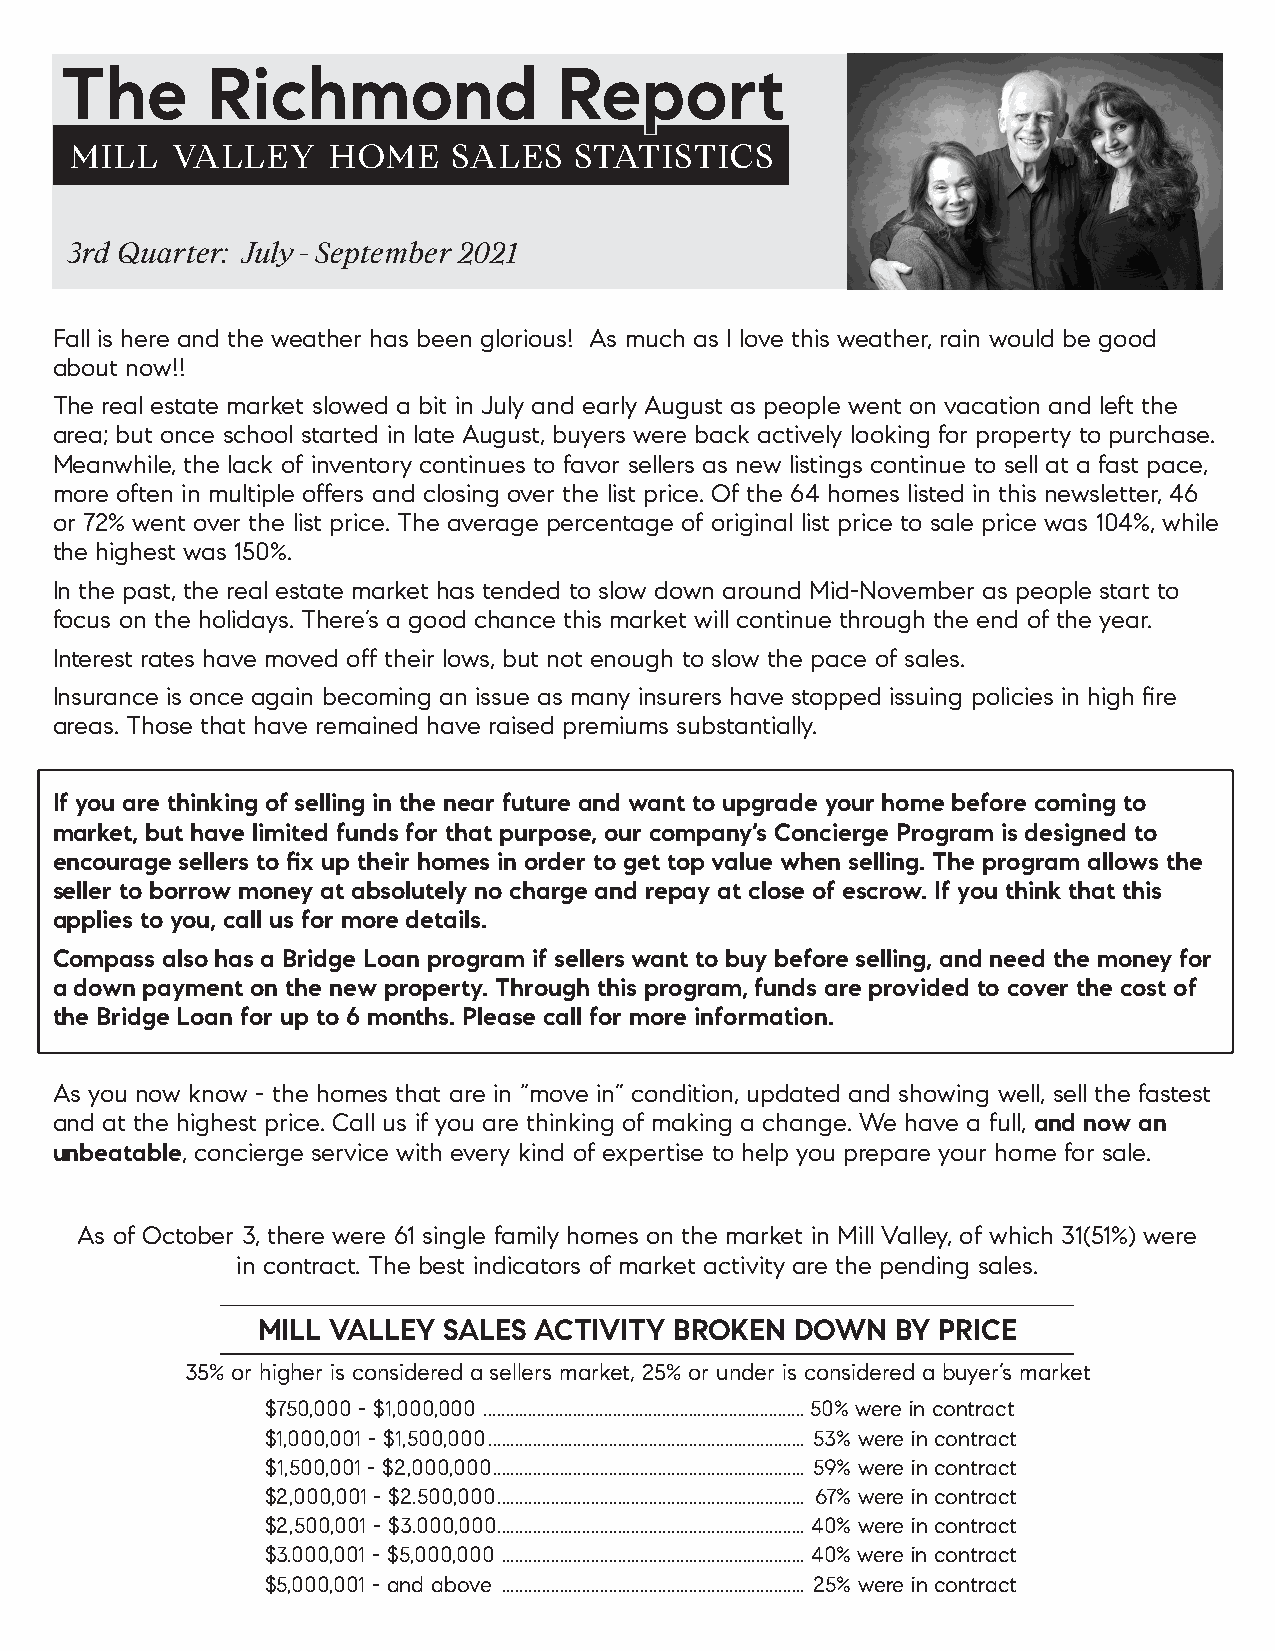
The       Richmond               Report
 MILL  VALLEY     HOME    SALES   STATISTICS
 3rd Quarter: July - September 2021
 Fall is here and the weather has been glorious! As much as I love this weather, rain would be good
 about now!!
 The real estate market slowed a bit in July and early August as people went on vacation and left the
 area; but once school started in late August, buyers were back actively looking for property to purchase.
 Meanwhile, the lack of inventory continues to favor sellers as new listings continue to sell at a fast pace,
 more often in multiple offers and closing over the list price. Of the 64 homes listed in this newsletter, 46
 or 72% went over the list price. The average percentage of original list price to sale price was 104%, while
 the highest was 150%.
 In the past, the real estate market has tended to slow down around Mid-November as people start to
 focus on the holidays. There’s a good chance this market will continue through the end of the year.
 Interest rates have moved off their lows, but not enough to slow the pace of sales.
 Insurance is once again becoming an issue as many insurers have stopped issuing policies in high fire
 areas. Those that have remained have raised premiums substantially.
 If you are thinking of selling in the near future and want to upgrade your home before coming to
 market, but have limited funds for that purpose, our company’s Concierge Program is designed to
 encourage sellers to fix up their homes in order to get top value when selling. The program allows the
 seller to borrow money at absolutely no charge and repay at close of escrow. If you think that this
 applies to you, call us for more details.
 Compass also has a Bridge Loan program if sellers want to buy before selling, and need the money for
 a down payment on the new property. Through this program, funds are provided to cover the cost of
 the Bridge Loan for up to 6 months. Please call for more information.
 As you now know - the homes that are in “move in” condition, updated and showing well, sell the fastest
 and at the highest price. Call us if you are thinking of making a change. We have a full, and now an
 unbeatable, concierge service with every kind of expertise to help you prepare your home for sale.
 As of October 3, there were 61 single family homes on the market in Mill Valley, of which 31(51%) were
 in contract. The best indicators of market activity are the pending sales.
 MILL VALLEY SALES ACTIVITY  BROKEN  DOWN  BY PRICE
 35% or higher is considered a sellers market, 25% or under is considered a buyer’s market
 $750,000 - $1,000,000 ........................................................................ 50% were in contract
 $1,000,001 - $1,500,000 ....................................................................... 53% were in contract
 $1,500,001 - $2,000,000 ...................................................................... 59% were in contract
 $2,000,001 - $2.500,000 ..................................................................... 67% were in contract
 $2,500,001 - $3.000,000 ..................................................................... 40% were in contract
 $3.000,001 - $5,000,000 .................................................................... 40% were in contract
 $5,000,001 - and above .................................................................... 25% were in contract